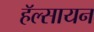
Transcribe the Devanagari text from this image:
हॅल्सायन